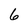
Character: 6